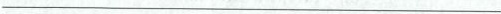
___